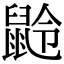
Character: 𪕌